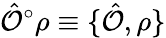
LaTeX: \hat{\mathcal{O}}^{\circ}\rho\equiv\{ \hat{\mathcal{O}},\rho\}